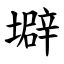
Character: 壀